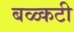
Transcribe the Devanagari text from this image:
बळ्कटी